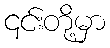
၎င်းတို့မှာ